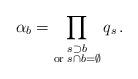
LaTeX: \begin{align*}\alpha_b = \prod_{\substack{s\supset b\\ \mathrm{or}\;s\cap b=\emptyset}} q_s \,.\end{align*}